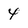
Character: 4